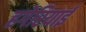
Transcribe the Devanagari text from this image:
हगेरियाई